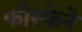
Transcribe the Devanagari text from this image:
फोस्फेने